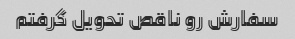
سفارش رو ناقص تحویل گرفتم